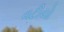
વટીયો